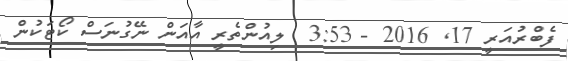
ފެބްރުއަރީ 17